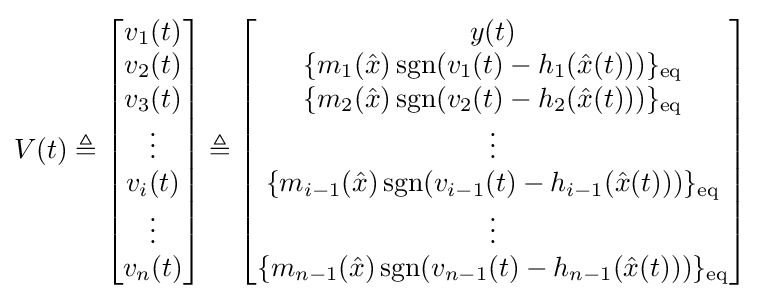
V(t)\triangleq {\begin{bmatrix}v_{1}(t)\\v_{2}(t)\\v_{3}(t)\\\vdots \\v_{i}(t)\\\vdots \\v_{n}(t)\end{bmatrix}}\triangleq {\begin{bmatrix}y(t)\\\{m_{1}({\hat {x}})\operatorname {sgn}(v_{1}(t)-h_{1}({\hat {x}}(t)))\}_{\text{eq}}\\\{m_{2}({\hat {x}})\operatorname {sgn}(v_{2}(t)-h_{2}({\hat {x}}(t)))\}_{\text{eq}}\\\vdots \\\{m_{i-1}({\hat {x}})\operatorname {sgn}(v_{i-1}(t)-h_{i-1}({\hat {x}}(t)))\}_{\text{eq}}\\\vdots \\\{m_{n-1}({\hat {x}})\operatorname {sgn}(v_{n-1}(t)-h_{n-1}({\hat {x}}(t)))\}_{\text{eq}}\end{bmatrix}}